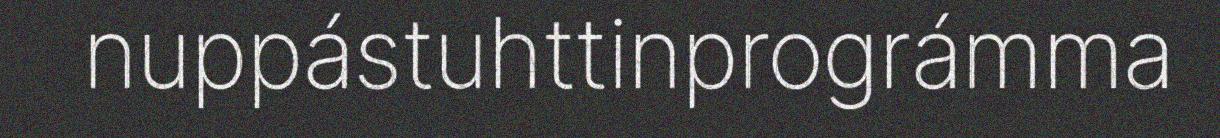
nuppástuhttinprográmma